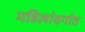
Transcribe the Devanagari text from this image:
महिलांवर्गात